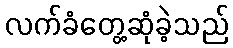
လက်ခံတွေ့ဆုံခဲ့သည်